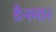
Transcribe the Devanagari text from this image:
डैनमार